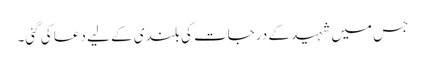
جس میں شہید کے درجات کی بلندی کے لیے دعا کی گئی۔